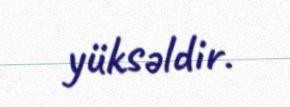
yüksəldir.